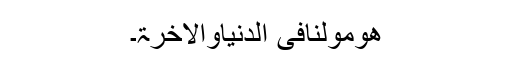
ھُومَوْلٰنَافی الدنیاوالاٰخرۃ۔